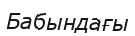
Бабындағы